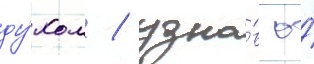
ду́хом / узна́в о́